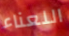
اللعناء